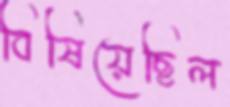
বিষিয়েছিল